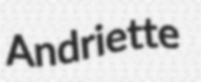
Andriette